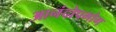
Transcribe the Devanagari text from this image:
आनंदोपभोग